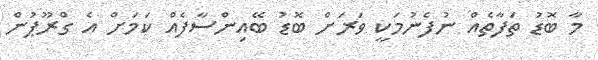
މާ ބޮޑު ތަފާތެއް ނުފެނުމަކީ ވަރަށް ބޮޑު ބޭއިންސާފެއް ކަމަށް އެ ގްރޫޕުން